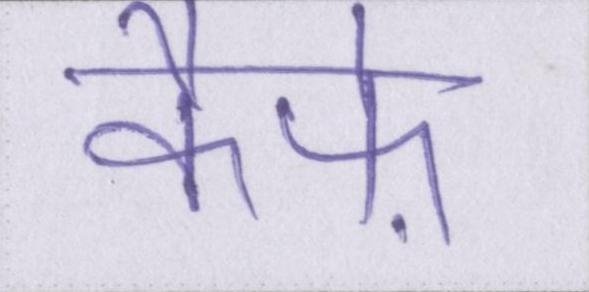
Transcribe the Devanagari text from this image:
कैफ़े